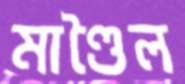
মাণ্ডৈল